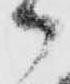
御